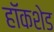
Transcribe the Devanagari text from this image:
हॉकशेड